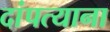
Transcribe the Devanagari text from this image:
दांपत्याना